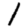
Digit: 1